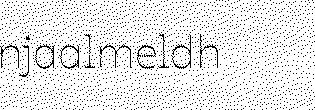
njaalmeldh